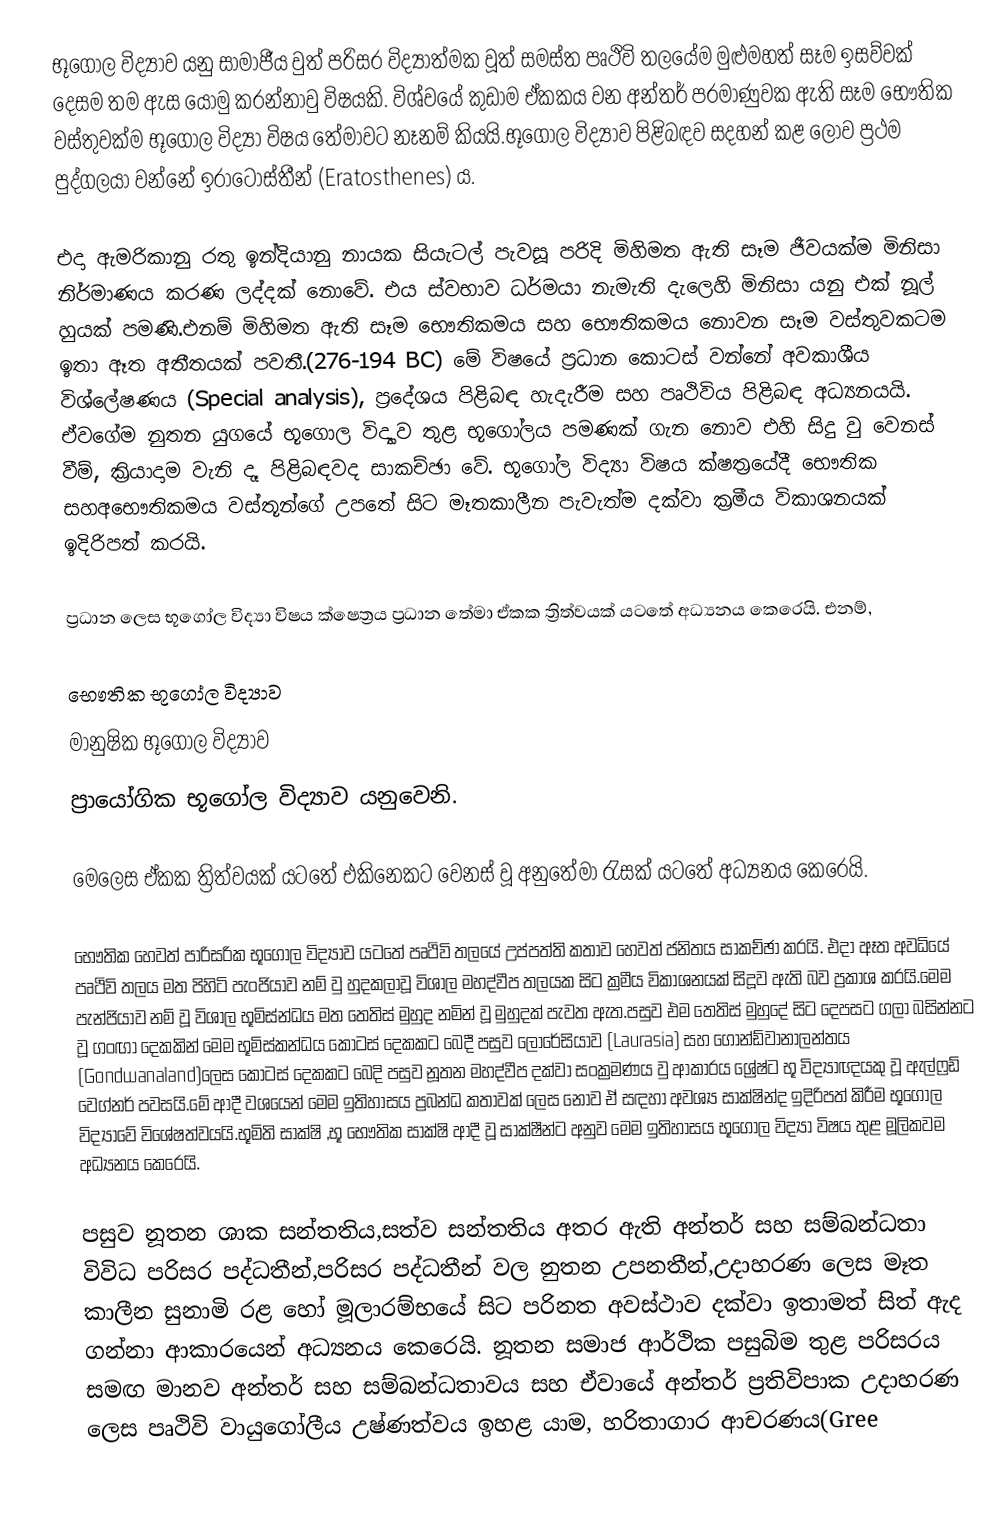
භූගෝල විද්‍යාව යනු සාමාජීය වුත් පරිසර විද්‍යාත්මක වූත් සමස්ත පෘථිවි තලයේම මුළුමහත් සෑම ඉසව්වක් දෙසම තම ඇස යොමු කරන්නාවු විෂයකි. විශ්වයේ කුඩාම ඒකකය වන අන්තර් පරමාණුවක ඇති සෑම භෞතික වස්තුවක්ම භූගෝල විද්‍යා විෂය තේමාවට නෑනම් කියයි.භූගෝල විද්‍යාව පිළිබඳව සදහන් කළ ලොව ප්‍රථම පුද්ගලයා වන්නේ ඉරාටෝස්තීන් (Eratosthenes) ය.

එදා ඇමරිකානු රතු ඉන්දියානු නායක සියැටල් පැවසූ පරිදි මිහිමත ඇති සෑම ජීවයක්ම මිනිසා නිර්මාණය කරණ ලද්දක් නොවේ. එය ස්වභාව ධර්මයා නැමැති දැලෙහි මිනිසා යනු එක් නූල් හුයක් පමණි.එනම් මිහිමත ඇති සෑම භෞතිකමය සහ භෞතිකමය නොවන සෑම වස්තුවකටම ඉතා ඈත අතීතයක් පවතී.(276-194 BC) මේ විෂයේ ප්‍රධාන කොටස් වන්නේ අවකාශීය විශ්ලේෂණය (Special analysis), ප්‍රදේශය පිළිබඳ හැදැරීම සහ පෘථිවිය පිළිබඳ අධ්‍යනයයි. ඒවගේම නුතන යුගයේ භූගොල විද්‍යාව තුළ භූගෝලය පමණක් ගැන නොව එහි සිදු වු වෙනස් වීම්, ක්‍රියාදාම වැනි දෑ පිළිබඳවද සාකච්ඡා වේ.  භූගෝල විද‍‍්‍යා විෂය ක්ෂත්‍රයේදී භෞතික සහඅභෞතිකමය වස්තූන්ගේ උපතේ සිට මෑතකාලීන පැවැත්ම දක්වා ක්‍රමීය විකාශනයක් ඉදිරිපත් කරයි.

ප්‍රධාන ලෙස භූගෝල විද්‍යා විෂය ක්ෂෙත්‍රය ප්‍රධාන තේමා ඒකක ත්‍රිත්වයක් යටතේ අධ්‍යනය කෙරෙයි. එනම්,

 භෞතික භූගෝල විද්‍යාව
 මානුෂික භූගෝල විද්‍යාව
 ප්‍රායෝගික භූගෝල විද්‍යාව යනුවෙනි.

මෙලෙස ඒකක ත්‍රිත්වයක් යටතේ එකිනෙකට වෙනස් වූ අනුතේමා රැසක් යටතේ අධ්‍යනය කෙරෙයි.

භෞතික ‍හෙවත් පාරිසරික භූගෝල විද්‍යාව යටතේ පෘථිවි තලයේ උප්පත්ති කතාව හෙවත් ජනිතය සාකච්ඡා කරයි. එදා ඈත අවධියේ පෘථිවි තලය මත පිහිටි පැංජියාව නම් වු හුදකලාවූ විශාල මහද්වීප තලයක සිට ක්‍රමීය විකාශනයක් සිදූව ඇති බව ප්‍රකාශ කරයි.‍මෙම පැන්ජියාව නම් වූ විශාල භූමිස්න්ධය මත තෙතිස් මුහුද නමින් වූ මුහුදක් පැවත ඇත.පසුව එම තෙතිස් මුහුදේ සිට දෙපසට ගලා බසින්නට වූ ගංඟා දෙකකින් මෙම භූමිස්කන්ධය කොටස් දෙකකට බෙදී පසුව ලොරේසියාව (Laurasia) සහ ගොන්ඩ්වානාලන්තය (Gondwanaland)ලෙස කොටස් දෙකකට බෙදි පසුව නූතන මහද්වීප දක්වා සංක්‍රමණය වු ආකාරය ශ්‍රේෂ්ට භූ විද්‍යාඥයකු වූ ඇල්‍ෆ්‍රඩ් වෙග්නර් පවසයි.මේ ආදී වශයෙන් මෙම ඉතිහාසය ප්‍රබන්ධ කතාවක් ලෙස නොව ඒ සඳහා අවශ්‍ය සාක්ෂින්ද ඉදිරිපත් කිරීම භූගෝල විද්‍යාවේ විශේෂත්වයයි.භූමිති සාක්ෂි ,භූ භෞතික සාක්ෂි ආදී වූ සාක්ෂීන්ට අනුව මෙම ඉතිහාසය භූගෝල විද්‍යා විෂය තුළ මූලිකවම අධ්‍යනය කෙරෙයි.

පසුව නූතන ශාක සන්තතිය,සත්ව සන්තතිය අතර ඇති අන්තර් සහ සම්බන්ධතා විවිධ පරිසර පද්ධතීන්,පරිසර පද්ධතීන් වල නුතන උපනතීන්,උදාහරණ ලෙස මෑත කාලීන සුනාමි රළ හෝ මූලාරම්භයේ සිට පරිනත අවස්ථාව දක්වා ඉතාමත් සිත් ඇද ගන්නා ආකාරයෙන් අධ්‍යනය කෙරෙයි. නූතන සමාජ ආර්ථික පසුබිම තුළ පරිසරය සමඟ මානව අන්තර් සහ සම්බන්ධතාවය සහ ඒවායේ අන්තර් ප්‍රතිවිපාක උදාහරණ ලෙස පෘථිවි වායුගෝලීය උෂ්ණත්වය ඉහළ යාම, හරිතාගාර ආචරණය(Gree